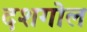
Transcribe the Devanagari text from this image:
दशगोल